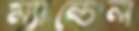
ম্যান্ডেল